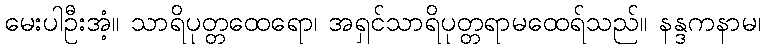
မေးပါဦးအံ့။ သာရိပုတ္တထေရော၊ အရှင်သာရိပုတ္တရာမထေရ်သည်။ နန္ဒကနာမ၊